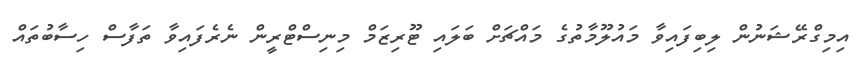
އިމިގްރޭޝަނުން ލިބިފައިވާ މައުލޫމާތުގެ މައްޗަށް ބަލައި ޓޫރިޒަމް މިނިސްޓްރީން ނެރެފައިވާ ތަފާސް ހިސާބުތައް